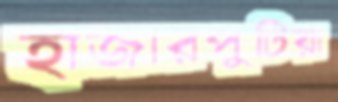
হাজারপুটিয়া